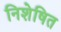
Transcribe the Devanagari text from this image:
निशेषित